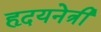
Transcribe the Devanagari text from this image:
हृदयनेत्री